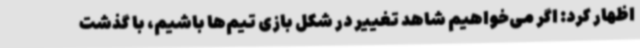
اظهار کرد: اگر می‌خواهیم شاهد تغییر در شکل بازی تیم‌ها باشیم، با گذشت